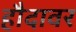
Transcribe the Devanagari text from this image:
हौदावर